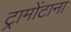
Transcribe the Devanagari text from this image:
ट्रामोंटाना